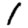
Digit: 1